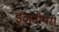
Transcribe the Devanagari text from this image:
इंजनीयरी